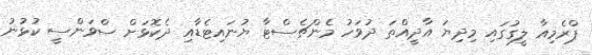
ޕްރެމިއާ ލީގުގައި މިދިޔަ އާދީއްތަ ދުވަހު މެންޗެސްޓާ ޔުނައިޓެޑާއި ދެކޮޅަށް ސްވަންސީ ކުޅުނު